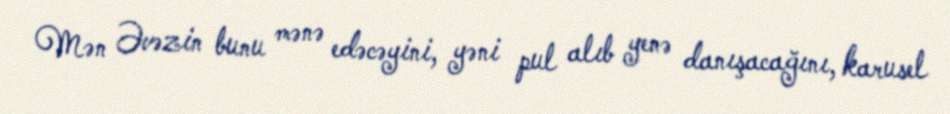
Mən Əvəzin bunu mənə edəcəyini, yəni pul alıb yenə danışacağını, karusel